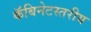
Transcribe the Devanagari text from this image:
कॅबिनेटस्तरीय